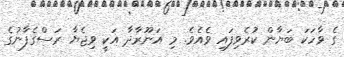
ގެ ވާހަކަ ބަޔާން ކުރެވިފައި ވެއެވެ. މި އަނޫރާދާ އަކީ ވިޖެޔާ ރަސްގެފާނުގެ